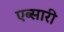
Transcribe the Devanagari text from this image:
एब्सारी